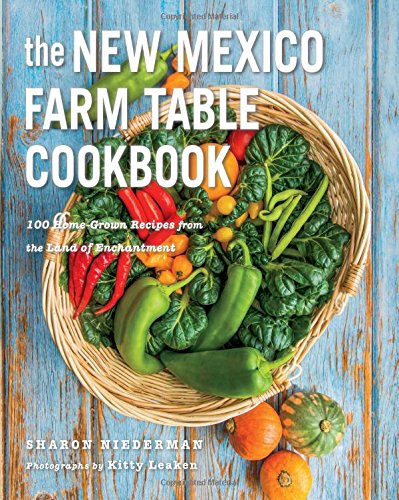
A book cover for The New Mexico Farm Table Cookbook: 100 Homegrown Recipes from the Land of Enchantment (The Farm Table Cookbook); Sharon Niederman; Cookbooks, Food & Wine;